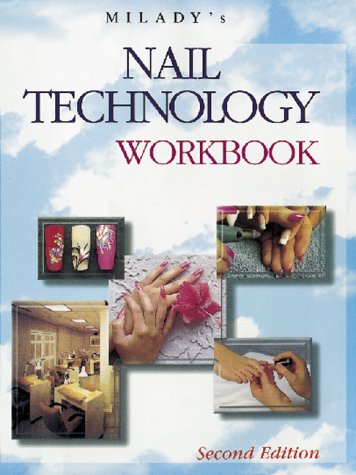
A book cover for Milady's Nail Technology Workbook; Jack Chaplin; Health, Fitness & Dieting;